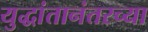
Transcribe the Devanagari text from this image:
युद्धांतानंतरच्या